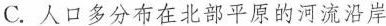
C.人口多分布在北部平原的河流沿岸